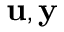
\mathbf { u } , \mathbf { y }